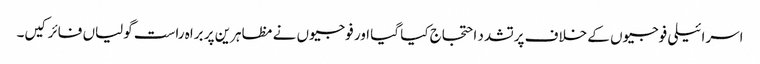
اسرائیلی فوجیوں کے خلاف پرتشدد احتجاج کیا گیا اور فوجیوں نے مظاہرین پر براہ راست گولیاں فائر کیں۔